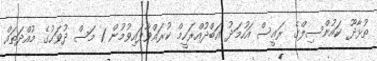
ތުޅާދޫ ކައުންސިލްގެ ރައީސް އަހުމަދު އަބްދުއްރަހީމް ކުރައްވާފައިވުމުން 1 މަސް ދުވަހުގެ މުއްދަތައް